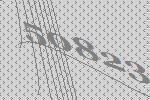
50823